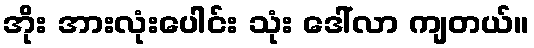
အိုး အားလုံးပေါင်း သုံး ဒေါ်လာ ကျတယ်။